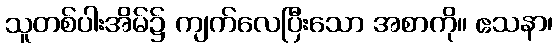
သူတစ်ပါးအိမ်၌ ကျက်လေပြီးသော အစာကို။ ဧသနာ၊